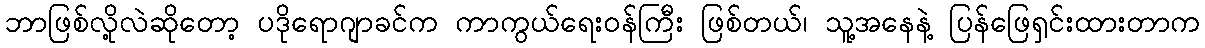
ဘာဖြစ်လို့လဲဆိုတော့ ပဒိုရောဂျာခင်က ကာကွယ်ရေးဝန်ကြီး ဖြစ်တယ်၊ သူ့အနေနဲ့ ပြန်ဖြေရှင်းထားတာက